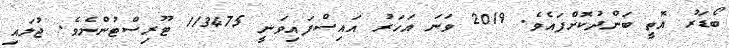
ބޯޑަރު އޮތީ ބަންދުކޮށްފައެވެ. 2019 ވަނަ އަހަރު އައިސްފައިވަނީ 113475 ޓޫރިސްޓުންނެވެ. ޖުލައި